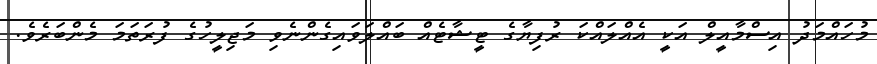
މުހައްމަދު އިސްމާއީލް އަކީ އެއްލައްކަ ރުފިޔާގެ ޓީޝާޓެއް ބައްލަވައިގެންނެވި މަޖިލީހުގެ ފުރަތަމަ މެންބަރެވެ.